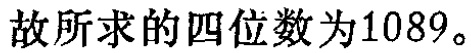
故所求的四位数为\(1089\)。